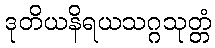
ဒုတိယနိရယသဂ္ဂသုတ္တံ